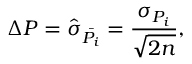
\Delta P = \hat { \sigma } _ { \bar { P _ { i } } } = \frac { \sigma _ { P _ { i } } } { \sqrt { 2 n } } ,